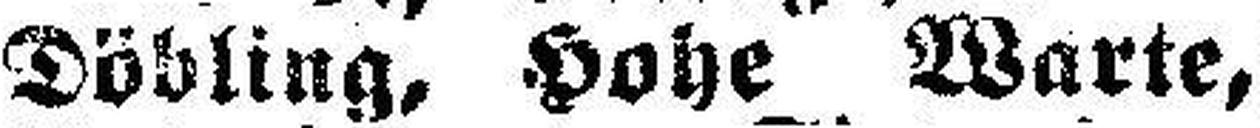
Döbling, Hohe Warte,